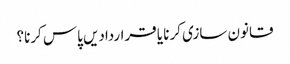
قانون سازی کرنا یا قراردادیں پاس کرنا؟